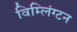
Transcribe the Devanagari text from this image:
विम्लिंग्टन